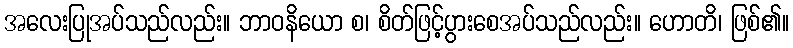
အလေးပြုအပ်သည်လည်း။ ဘာဝနိယော စ၊ စိတ်ဖြင့်ပွားစေအပ်သည်လည်း။ ဟောတိ၊ ဖြစ်၏။